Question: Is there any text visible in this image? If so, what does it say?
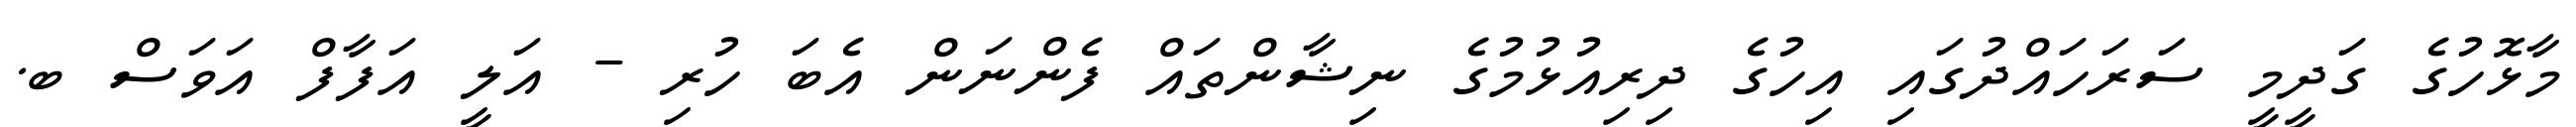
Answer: މާޅޮހުގެ ގަދީމީ ސަރަހައްދުގައި އިހުގެ ދިރިއުޅުމުގެ ނިޝާންތައް ފެންނަން އެބަ ހުރި - އަލީ އަފާފް އަވަސް ބ.